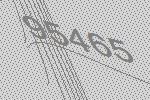
95465